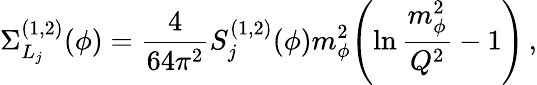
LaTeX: \Sigma_{L_{j}}^{(1,2)}(\phi)={\frac{4}{64\pi^{2}}}S_{j}^{(1,2)}(\phi)m_{\phi}^{2}\! \left(\ln{\frac{m_{\phi}^{2}}{Q^{2}}}-1\right)\, ,